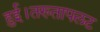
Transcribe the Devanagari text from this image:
हुई।तख्तापलट